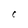
Character: C